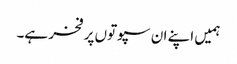
ہمیں اپنے ان سپوتوں پر فخر ہے۔